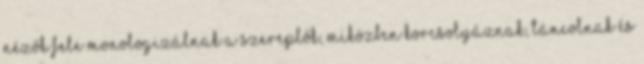
nézők fele monologizálnak a szereplők, miközben korcsolyáznak, táncolnak és